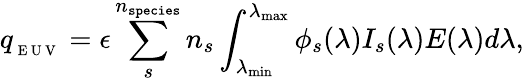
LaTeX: q_{_\mathrm{~E~U~V~}}=\epsilon\sum_{s}^{n_{\texttt{species}}}n_{s}\int_{\lambda_{\operatorname*{min}}}^{\lambda_{\operatorname*{max}}}\phi_{s}(\lambda)I_{s}(\lambda)E(\lambda)d\lambda,